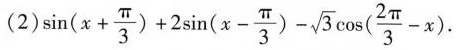
(2)$$s i n ( x + \frac {\pi} { 3 }) + 2 \sin ( x - \frac { \pi} { 3 } ) - \sqrt { 3 } \cos ( \frac{ 2 \pi} { 3 } - x )$$ .